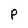
Character: p